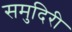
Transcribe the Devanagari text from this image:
समुदिरी